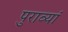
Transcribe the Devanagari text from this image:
पुराव्यां